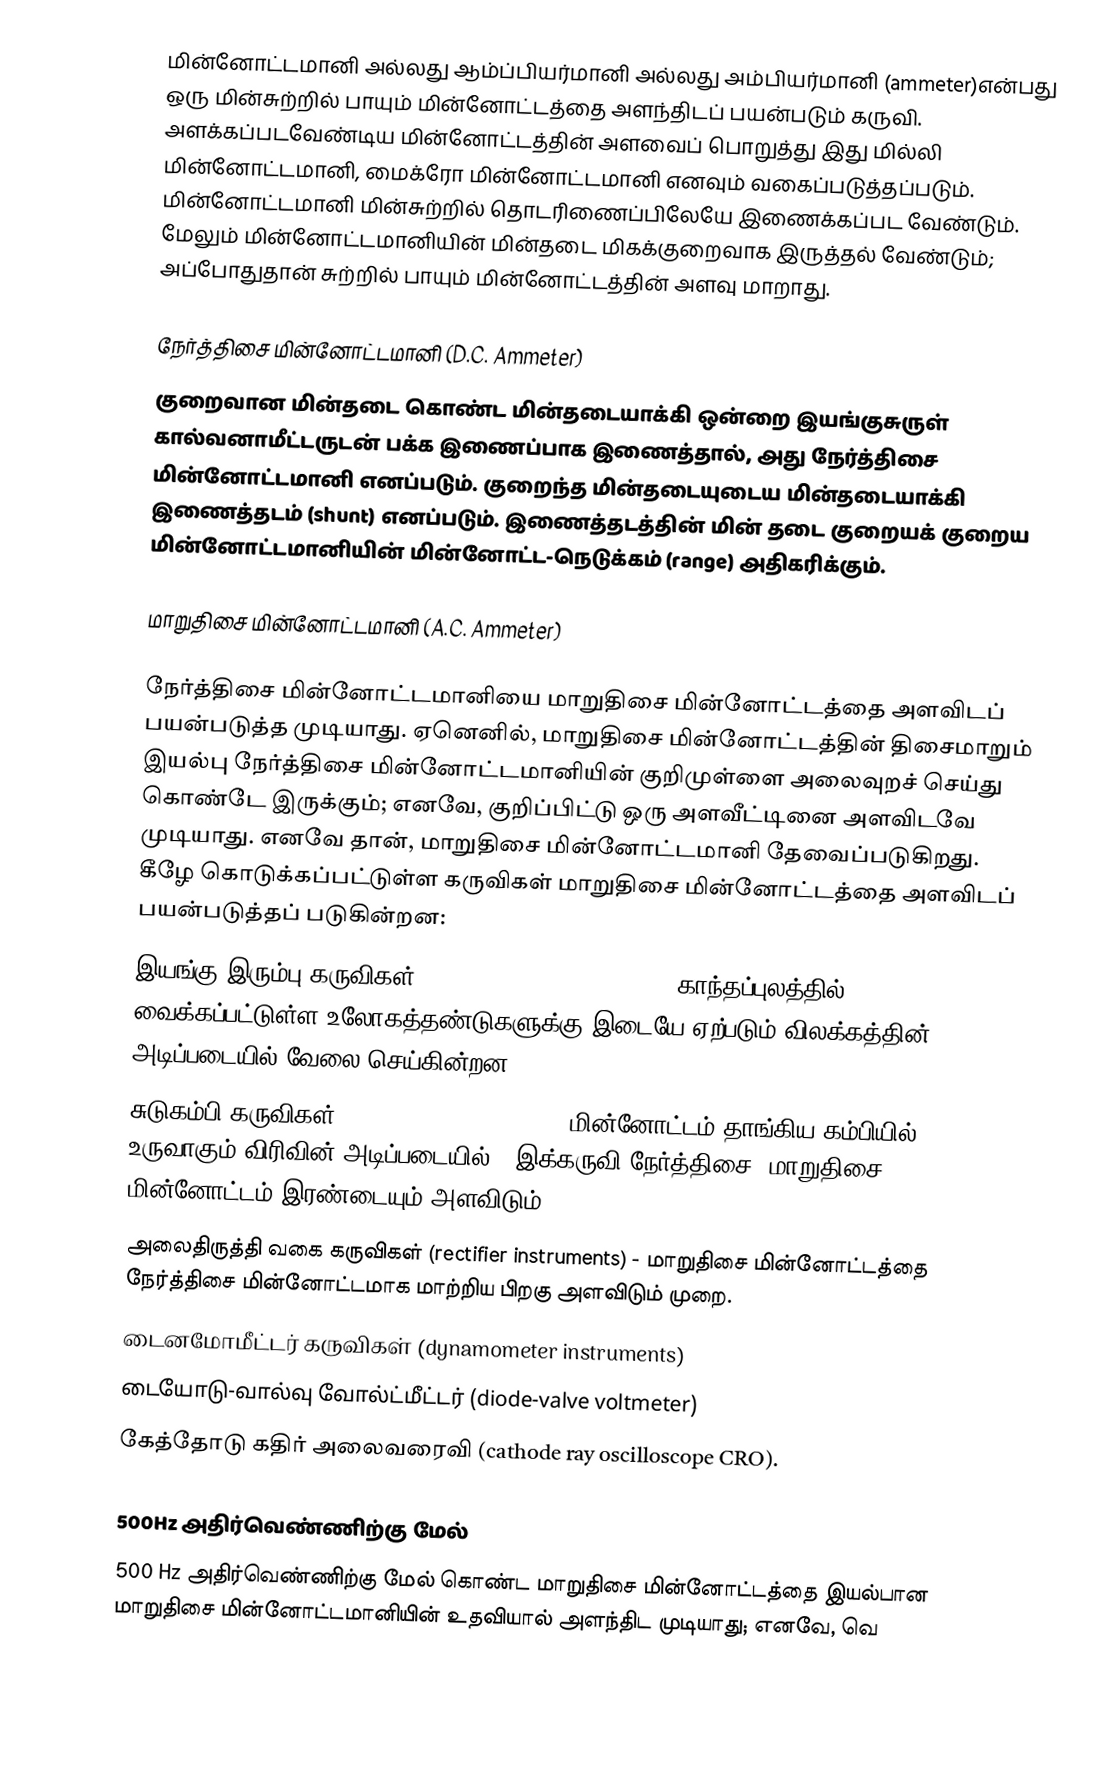
மின்னோட்டமானி அல்லது ஆம்ப்பியர்மானி அல்லது அம்பியர்மானி (ammeter)என்பது ஒரு மின்சுற்றில் பாயும் மின்னோட்டத்தை அளந்திடப் பயன்படும் கருவி. அளக்கப்படவேண்டிய மின்னோட்டத்தின் அளவைப் பொறுத்து இது மில்லி மின்னோட்டமானி, மைக்ரோ மின்னோட்டமானி எனவும் வகைப்படுத்தப்படும். மின்னோட்டமானி மின்சுற்றில் தொடரிணைப்பிலேயே இணைக்கப்பட வேண்டும். மேலும் மின்னோட்டமானியின் மின்தடை மிகக்குறைவாக இருத்தல் வேண்டும்; அப்போதுதான் சுற்றில் பாயும் மின்னோட்டத்தின் அளவு மாறாது.

நேர்த்திசை மின்னோட்டமானி (D.C. Ammeter)
குறைவான மின்தடை கொண்ட மின்தடையாக்கி ஒன்றை இயங்குசுருள் கால்வனாமீட்டருடன் பக்க இணைப்பாக இணைத்தால், அது நேர்த்திசை மின்னோட்டமானி எனப்படும். குறைந்த மின்தடையுடைய மின்தடையாக்கி இணைத்தடம் (shunt) எனப்படும். இணைத்தடத்தின் மின் தடை குறையக் குறைய மின்னோட்டமானியின் மின்னோட்ட-நெடுக்கம் (range) அதிகரிக்கும்.

மாறுதிசை மின்னோட்டமானி (A.C. Ammeter)

நேர்த்திசை மின்னோட்டமானியை மாறுதிசை மின்னோட்டத்தை அளவிடப் பயன்படுத்த முடியாது. ஏனெனில், மாறுதிசை மின்னோட்டத்தின் திசைமாறும் இயல்பு நேர்த்திசை மின்னோட்டமானியின் குறிமுள்ளை அலைவுறச் செய்து கொண்டே இருக்கும்; எனவே, குறிப்பிட்டு ஒரு அளவீட்டினை அளவிடவே முடியாது. எனவே தான், மாறுதிசை மின்னோட்டமானி தேவைப்படுகிறது. கீழே கொடுக்கப்பட்டுள்ள கருவிகள் மாறுதிசை மின்னோட்டத்தை அளவிடப் பயன்படுத்தப் படுகின்றன:
 இயங்கு இரும்பு கருவிகள் (moving-iron instruments) - காந்தப்புலத்தில் வைக்கப்பட்டுள்ள உலோகத்தண்டுகளுக்கு இடையே ஏற்படும் விலக்கத்தின் அடிப்படையில் வேலை செய்கின்றன.
 சுடுகம்பி கருவிகள் (hot wire instruments) - மின்னோட்டம் தாங்கிய கம்பியில் உருவாகும் விரிவின் அடிப்படையில். (இக்கருவி நேர்த்திசை, மாறுதிசை மின்னோட்டம் இரண்டையும் அளவிடும்)
 அலைதிருத்தி வகை கருவிகள் (rectifier instruments) - மாறுதிசை மின்னோட்டத்தை நேர்த்திசை மின்னோட்டமாக மாற்றிய பிறகு அளவிடும் முறை.
 டைனமோமீட்டர் கருவிகள் (dynamometer instruments)
 டையோடு-வால்வு வோல்ட்மீட்டர் (diode-valve voltmeter)
 கேத்தோடு கதிர் அலைவரைவி (cathode ray oscilloscope CRO).

500Hz அதிர்வெண்ணிற்கு மேல்
500 Hz அதிர்வெண்ணிற்கு மேல் கொண்ட மாறுதிசை மின்னோட்டத்தை இயல்பான மாறுதிசை மின்னோட்டமானியின் உதவியால் அளந்திட முடியாது; எனவே, வெ